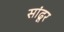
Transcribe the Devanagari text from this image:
सांढूर